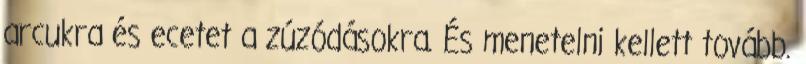
arcukra és ecetet a zúzódásokra. És menetelni kellett tovább.